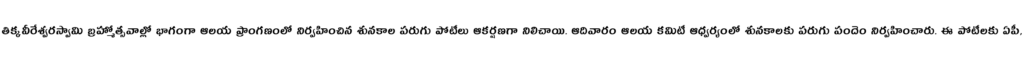
తిక్కవీరేశ్వరస్వామి బ్రహ్మోత్సవాల్లో భాగంగా ఆలయ ప్రాంగణంలో నిర్వహించిన శునకాల పరుగు పోటీలు ఆకర్షణగా నిలిచాయి. ఆదివారం ఆలయ కమిటీ ఆధ్వర్యంలో శునకాలకు పరుగు పందెం నిర్వహించారు. ఈ పోటీలకు ఏపీ,